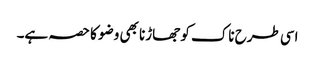
اسی طرح ناک کو جھاڑنا بھی وضو کا حصہ ہے۔